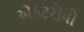
એકટરોનો